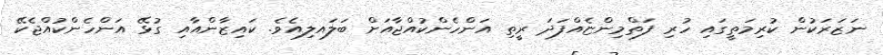
ނަޒަރަކުން ކުރިމަތީގައި ހުރި ފަތްމިންޏެއްފަދަ ރީތި އަންހެންކުއްޖާއަށް ބަލައލިއެވެ. ކައިޒާންއާއި ގުޅޭ އަންހެންކުއްޖެކޭ